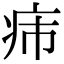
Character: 𤴹